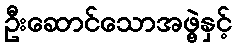
ဦးဆောင်သောအဖွဲ့နှင့်